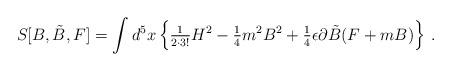
LaTeX: \begin{align*}S[B,\tilde{B},F] = \int d^{5}x \left\{{\textstyle\frac{1}{2\cdot 3!}} H^2 -{\textstyle\frac{1}{4}} m^2 B^2+{\textstyle\frac{1}{4}}\epsilon \partial\tilde{B} (F+mB) \right\}\, .\end{align*}